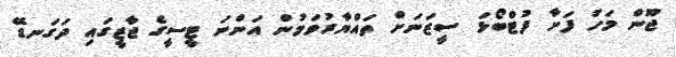
ޖޫން މަހު ފަށާ ފުޓްބޯޅަ ސީޒަނަށް ތައްޔާރުވަމުން އަންނަ ޓީސީގެ ޖާޒީގައި ދަގަނޑޭ